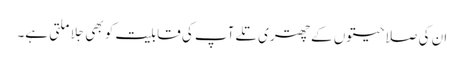
ان کی صلاحیتوں کے چھتری تلے آپ کی قابلیت کو بھی جِلا ملتی ہے۔